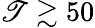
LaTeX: \mathscr{T}\gtrsim50